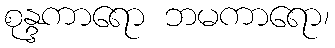
စုန္ဒကာရော ဘမကာရော၊